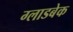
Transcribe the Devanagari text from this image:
ग्लाडबेक